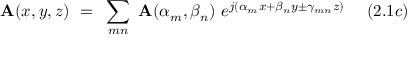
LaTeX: \mathbf { A } ( x , y , z ) ~ = ~ \sum _ { m n } ~ \mathbf { A } ( \alpha _ { m } , \beta _ { n } ) ~ e ^ { j ( \alpha _ { m } x + \beta _ { n } y \pm \gamma _ { m n } z ) } ~ ~ ~ ~ ( 2 . 1 c )